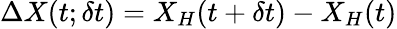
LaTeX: \Delta X(t;\delta t)=X_{H}(t+\delta t)-X_{H}(t)